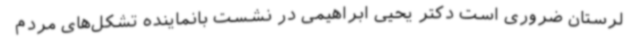
لرستان ضروری است دکتر یحیی ابراهیمی در نشست بانماینده تشکل‌های مردم